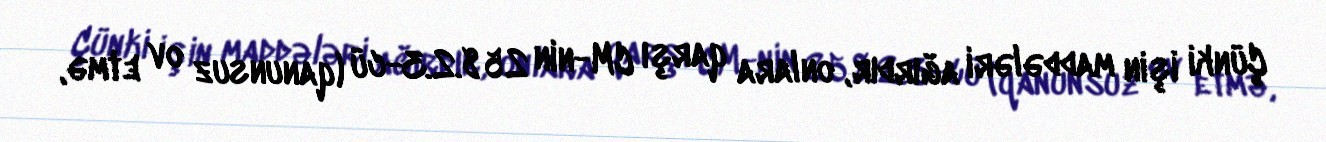
Çünki işin maddələri ağırdır, onlara qarşı CM-nin 258.2.3-cü (qanunsuz ov etmə,